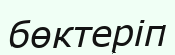
бөктеріп